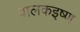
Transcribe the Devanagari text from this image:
बालकइष्ण